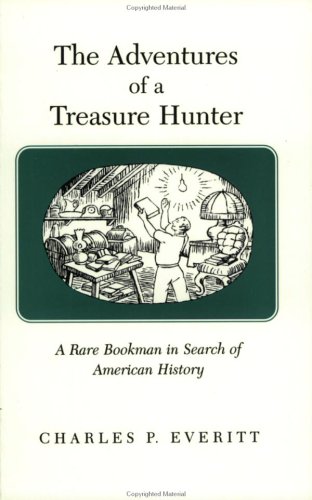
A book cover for The Adventures of a Treasure Hunter: A Rare Bookman in Search of American History; Charles P. Everitt; Crafts, Hobbies & Home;